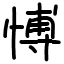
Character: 愽